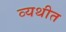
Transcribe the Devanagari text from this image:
व्यथीत